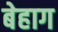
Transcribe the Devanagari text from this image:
बेहाग